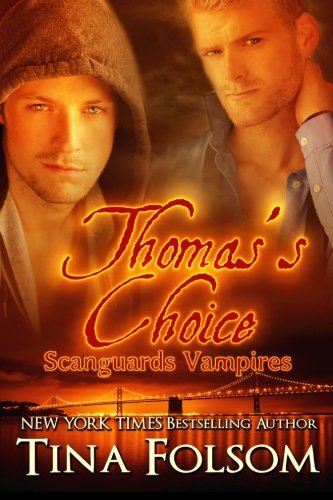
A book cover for Thomas's Choice (Scanguards Vampires #8); Tina Folsom; Romance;